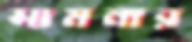
সামনার